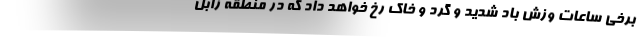
برخی ساعات وزش باد شدید و گرد و خاک رخ خواهد داد که در منطقه زابل